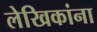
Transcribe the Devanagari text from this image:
लेखिकांना